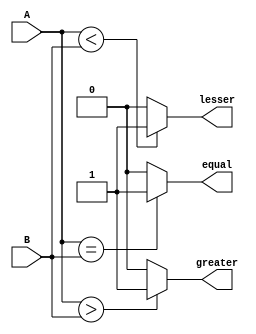
module comparator
#(parameter WIDTH = 8)
(
    input [WIDTH-1:0] A, B,
    output equal, greater, lesser
);

assign equal = (A == B)? 1 : 0;
assign greater = (A > B)? 1 : 0;
assign lesser = (A < B)? 1 : 0;

endmodule